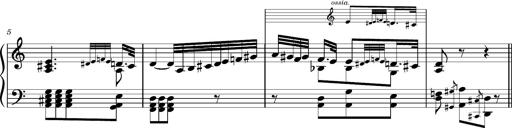
Title: Ungarischer Romanzero
Composer: Franz Liszt